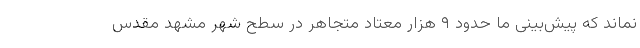
نماند که پیش‌بینی ما حدود ۹ هزار معتاد متجاهر در سطح شهر مشهد مقدس